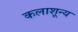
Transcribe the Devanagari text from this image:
कलाशून्य